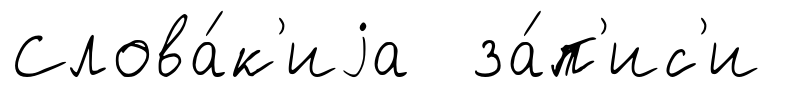
Слова́к'иjа за́п'ис'и